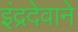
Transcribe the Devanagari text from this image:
इंद्रदेवाने